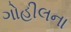
ગોહીલના